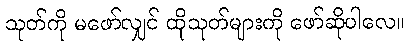
သုတ်ကို မဖော်လျှင် ထိုသုတ်များကို ဖော်ဆိုပါလေ။